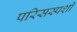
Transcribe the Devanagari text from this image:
परिसस्पर्शी